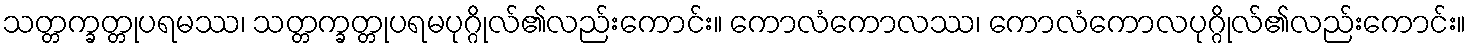
သတ္တက္ခတ္တုပရမဿ၊ သတ္တက္ခတ္တုပရမပုဂ္ဂိုလ်၏လည်းကောင်း။ ကောလံကောလဿ၊ ကောလံကောလပုဂ္ဂိုလ်၏လည်းကောင်း။